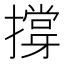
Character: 撐